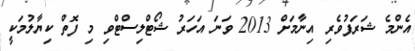
އެންމެ ޝަރަފުވެރި އިނާމަށް 2013 ވަނަ އަހަރު ޝޯޓްލިސްޓްވި މި ފޮތް ކިޔާލުމަކީ